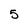
Character: 5